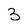
Character: 3